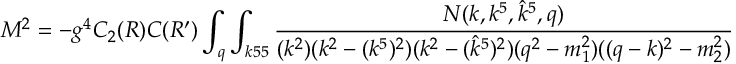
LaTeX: M ^ { 2 } = - g ^ { 4 } C _ { 2 } ( R ) C ( R ^ { \prime } ) \int _ { q } \int _ { k 5 5 } { \frac { N ( k , k ^ { 5 } , { \hat { k } } ^ { 5 } , q ) } { ( k ^ { 2 } ) ( k ^ { 2 } - ( k ^ { 5 } ) ^ { 2 } ) ( k ^ { 2 } - ( { \hat { k } } ^ { 5 } ) ^ { 2 } ) ( q ^ { 2 } - m _ { 1 } ^ { 2 } ) ( ( q - k ) ^ { 2 } - m _ { 2 } ^ { 2 } ) } }